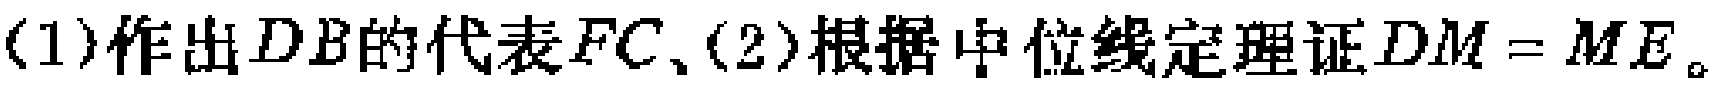
(1)作出\(DB\)的代表\(FC\)、(2)根据中位线定理证\(DM = ME\)。